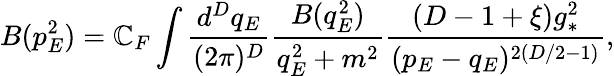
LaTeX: B(p_{E}^{2})=\mathbb{C}_{F}\int\frac{{d^{D}q_{E}}}{{(2\pi)^{D}}}\frac{{B(q_{E}^{2})}}{{q_{E}^{2}+m^{2}}}\frac{{(D-1+\xi)g_{*}^{2}}}{{(p_{E}-q_{E})^{2(D/2-1)}}},